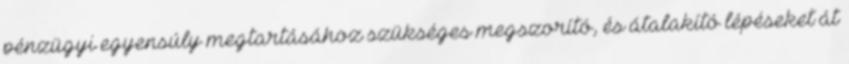
pénzügyi egyensúly megtartásához szükséges megszorító, és átalakító lépéseket át